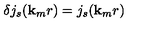
\delta j _ { s } ( { \bf { k } } _ { m } r ) = j _ { s } ( { \bf { k } } _ { m } r )